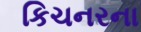
કિચનરના